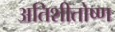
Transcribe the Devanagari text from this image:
अतिशीतोष्ण